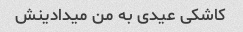
کاشکی عیدی به من میدادینش